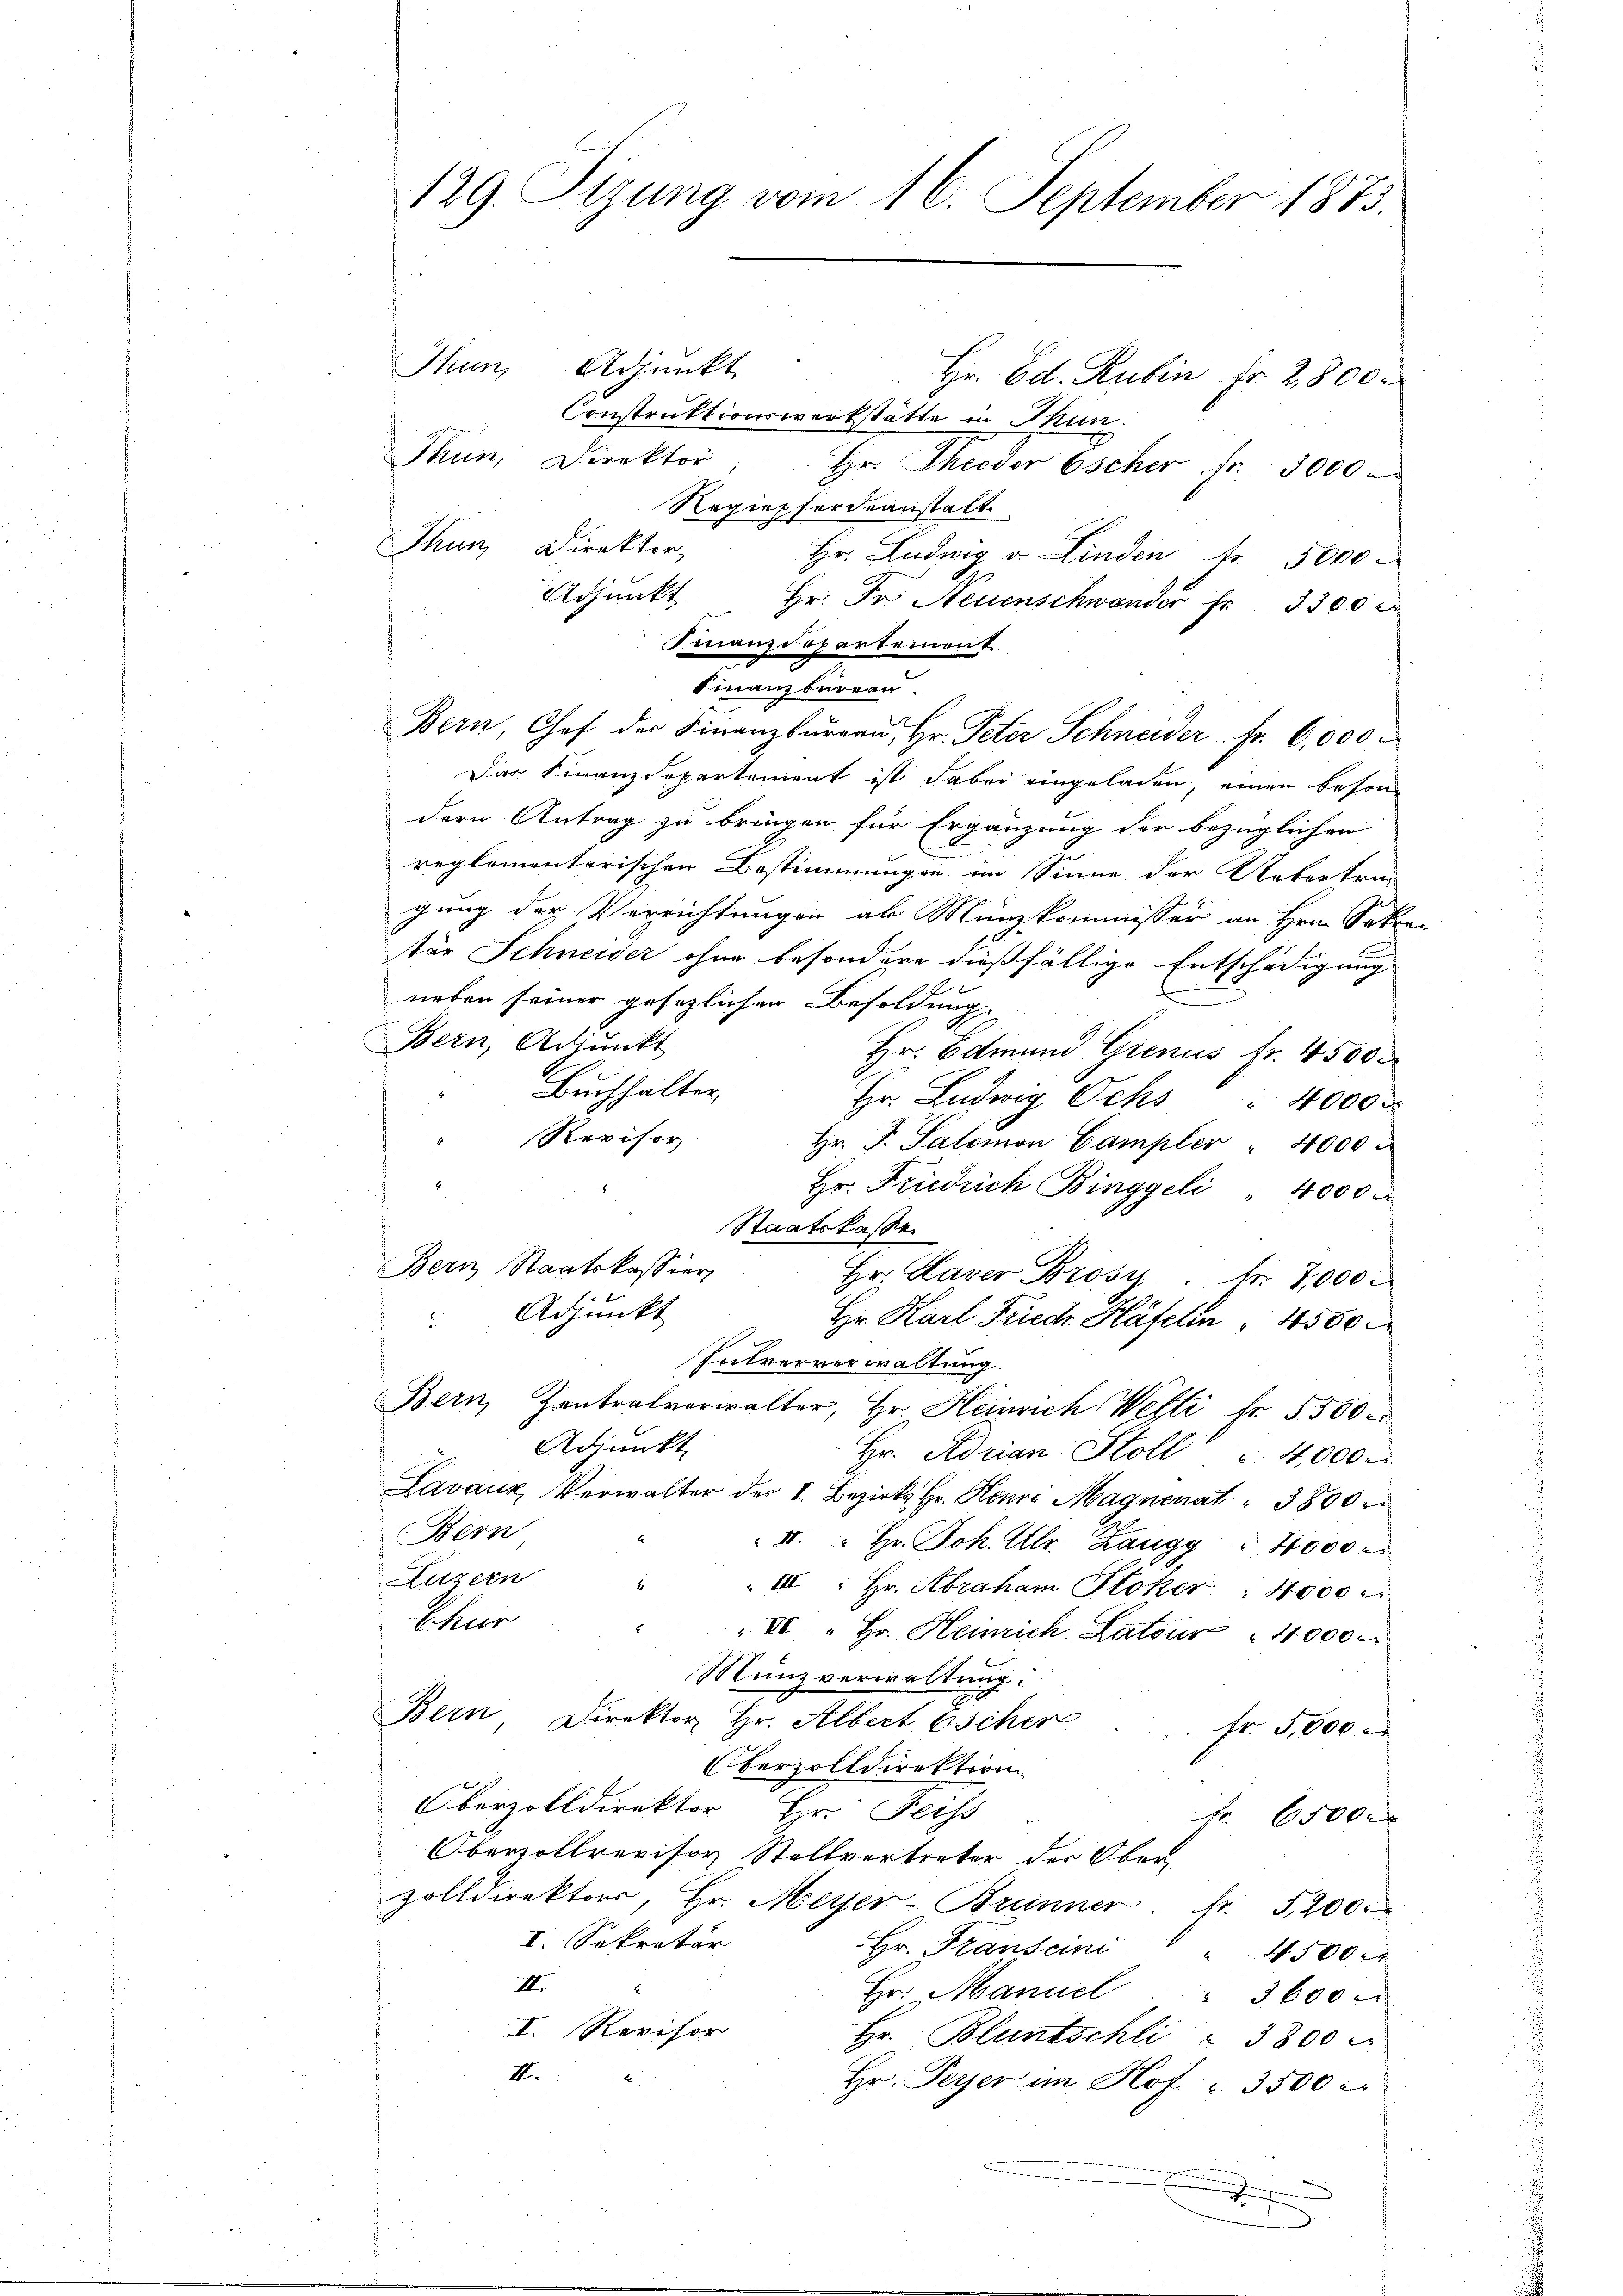
129. Sizung vom 16. September 1873.

Thun, Adjunkt
Hr. Ed. Rubin fr. 2800
Construktionswerkstätte in Stun
Thun, Direktor
Hr. Throder Escher fr. 3000
Regiepferdeanstatt
Thun Direktor,
Hr. Ludwig v. Linden fr. 5000
Adjunkt Hr. Fr. Neuenschwander Fr. 3300
Finanzdepartement
Finanzbüreau.
Bern, Chef der Finanzbüraŭ, Hr. Peter Schneider Fr. 6,000.
Das Finanzdepartement ist dabei eingeladen, einen beson
dern Antrag zu bringen für Ergänzung der bezüglichen
reglementarischen Bestimmungen im Sinne der Uebertra-
gung der Verrichtungen an Münzkommisser an Hrn. Sokra-
tär Schneider ohne besondere dießfällige Entschädigung
neben seiner gesezlichen Besoldung.
Bern, Adjunkt
Hr. Edmund Grenus fr. 4500
Buchhalter
Hr. Ludwig Ochs " 4000 x
Revisor
Hr. P. Salomon Campler " 4000
Hr. Friedrich Binggeli " 4000
Staatskasse
Bern Staatskassier
Hr. Daver Brosy
Fr. 7000.
Adjunkt
Hr. Karl Friedr Häfelin " 4500
E

Interverwaltung.
Bern, Zentralverwalter, Hr. Heinrich Welti fr. 5500 c
Adjunkt
Hr. Adrian Stoll " 4000.
Lavaux, Verwalter der I. Bezirke Hr. Henri Magnenat " 3800
Bern
II. Hr. Joh. Ulr. Zaugg " 4000
Luzern
6
III: Hr. Abraham Stoker: 4000
Chur
II " Hr. Heinrich Latour " 4000 M
Münzverwaltung.
Bern Direktor Hr. Albert Escher
fr. 5,000
Oberzolldirektion
Oberzolldirektor Hr. Fess
Fr. 6500 r
Obervollrevisor Stellvertreter der Ober
d
zolldirektors, Hr. Meyer-Brunner fr. 5200
I. Sekretär
Hr. Franscini
4500 x
III.
Hr. Manuel
5600 x
I. Revisor
Hr. Bluntschli " 3800
II.
x
Hr. Peyer im Hof 3500